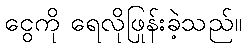
ငွေကို ရေလိုဖြုန်းခဲ့သည်။